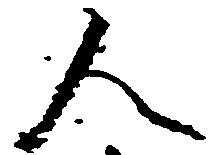
人